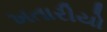
ખતારીયો